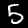
Label: 5